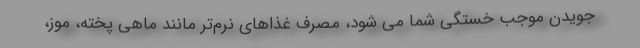
جویدن موجب خستگی شما می شود، مصرف غذاهای نرم‌تر مانند ماهی پخته، موز،